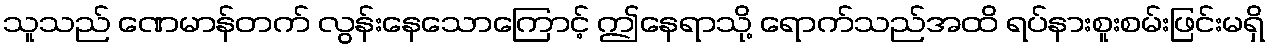
သူသည် ဏေမာန်တက် လွန်းနေသောကြောင့် ဤနေရာသို့ ရောက်သည်အထိ ရပ်နားစူးစမ်းဖြင်းမရှိ